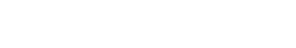
ရှေ့မှာက တာဟောင်း၊ မြေသားတာ ရှိတယ်။